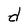
Character: d